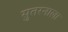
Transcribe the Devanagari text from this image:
सुतरनाला